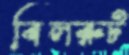
বিলরুট